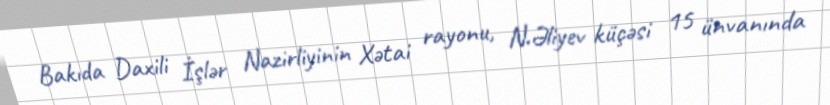
Bakıda Daxili İşlər Nazirliyinin Xətai rayonu, N.Əliyev küçəsi 15 ünvanında